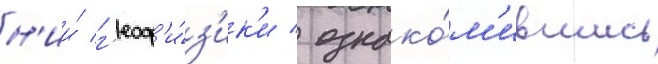
н'ии́ г'еоф'и́з'ик'и / ознако́м'ившись